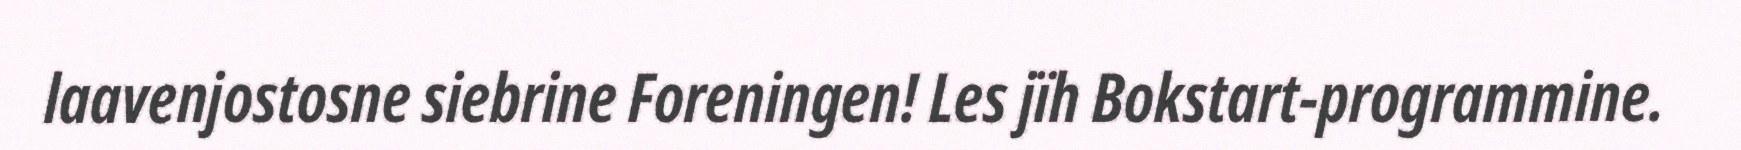
laavenjostosne siebrine Foreningen! Les jïh Bokstart-programmine.